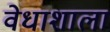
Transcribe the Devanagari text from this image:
वेधाशाला